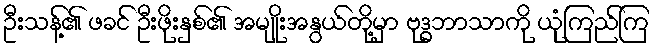
ဦးသန့်၏ ဖခင် ဦးဖိုးနှစ်၏ အမျိုးအနွယ်တို့မှာ ဗုဒ္ဓဘာသာကို ယုံကြည်ကြ